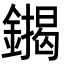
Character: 䥟